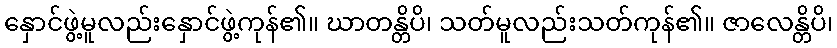
နှောင်ဖွဲ့မူလည်းနှောင်ဖွဲ့ကုန်၏။ ဃာတန္တိပိ၊ သတ်မူလည်းသတ်ကုန်၏။ ဇာလေန္တိပိ၊